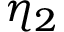
\eta _ { 2 }